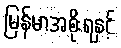
မြန်မာအစိုးရနှင့်